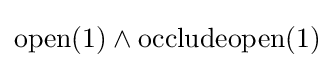
\mathrm {open} (1)\wedge \mathrm {occludeopen} (1)